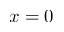
x = 0